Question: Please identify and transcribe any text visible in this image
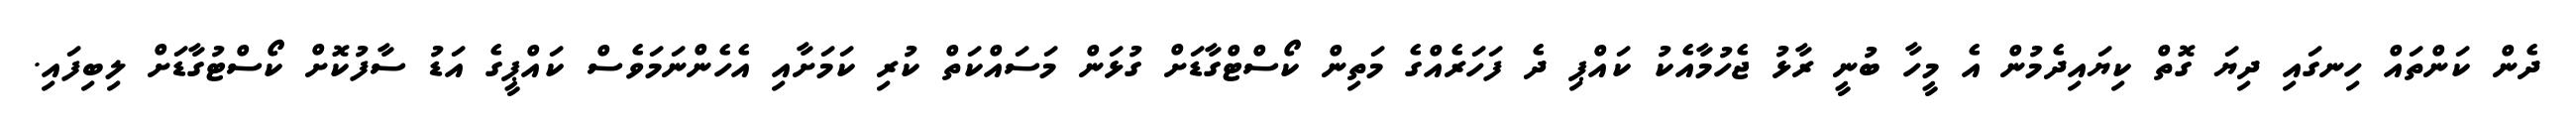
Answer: ދެން ކަންތައް ހިނގައި ދިޔަ ގޮތް ކިޔައިދެމުން އެ މީހާ ބުނީ ރާޅު ޖެހުމާއެކު ކައްޕި ދެ ފަހަރެއްގެ މަތިން ކޯސްޓްގާޑަށް ގުޅަން މަސައްކަތް ކުރި ކަމަށާއި އެހެންނަމަވެސް ކައްޕީގެ އަޑު ސާފުކޮށް ކޯސްޓުގާޑަށް ލިބިފައި.